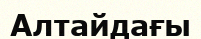
Алтайдағы